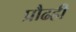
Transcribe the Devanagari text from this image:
प्रौढही